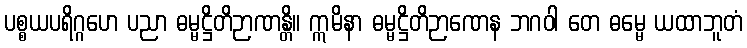
ပစ္စယပရိဂ္ဂဟေ ပညာ ဓမ္မဋ္ဌိတိဉာဏန္တိ။ ဣမိနာ ဓမ္မဋ္ဌိတိဉာဏေန ဘဂဝါ တေ ဓမ္မေ ယထာဘူတံ